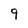
Character: 9